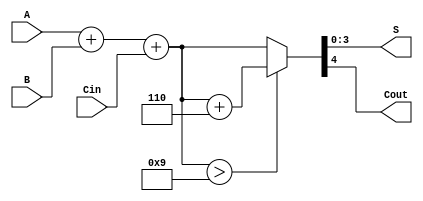
module BCD_Redundant_Binary_Adder (
    input [3:0] A,      // BCD input A
    input [3:0] B,      // BCD input B
    input Cin,          // Carry input
    output reg [3:0] S, // BCD sum output
    output reg Cout     // Carry output
);

    // Internal signals
    wire [4:0] sum;     // 5-bit sum to accommodate carry
    wire [4:0] adjusted_sum; // Adjusted sum after BCD correction
    wire correction_needed;   // Flag to indicate if correction is needed

    // Step 1: Perform initial binary addition
    assign sum = A + B + Cin;

    // Step 2: Check if the sum exceeds 9 (BCD invalid)
    assign correction_needed = sum > 9;

    // Step 3: BCD correction logic
    always @(*) begin
        if (correction_needed) begin
            // If correction is needed, add 6 (0110 in binary)
            adjusted_sum = sum + 5'b00110;
        end else begin
            adjusted_sum = sum;
        end

        // Step 4: Assign the final BCD sum and carry out
        S = adjusted_sum[3:0]; // Take the lower 4 bits as the BCD sum
        Cout = adjusted_sum[4]; // The 5th bit is the carry out
    end

endmodule